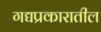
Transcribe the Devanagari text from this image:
गद्यप्रकारातील